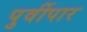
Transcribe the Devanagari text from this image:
पुर्वीपार